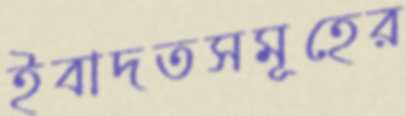
ইবাদতসমূহের